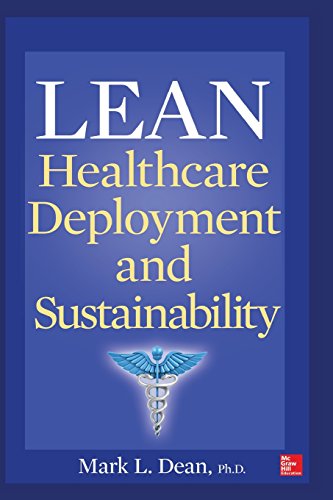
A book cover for Lean Healthcare Deployment and Sustainability; Mark L. Dean; Medical Books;